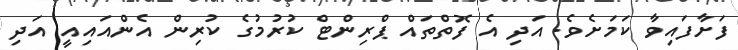
ފަށާފައިވާ ކަމަށެވެ. އަދި އެ ފޮތްތައް ޕްރިންޓް ކުރުމުގެ ކުރިން އެންއައިއީ އަދި